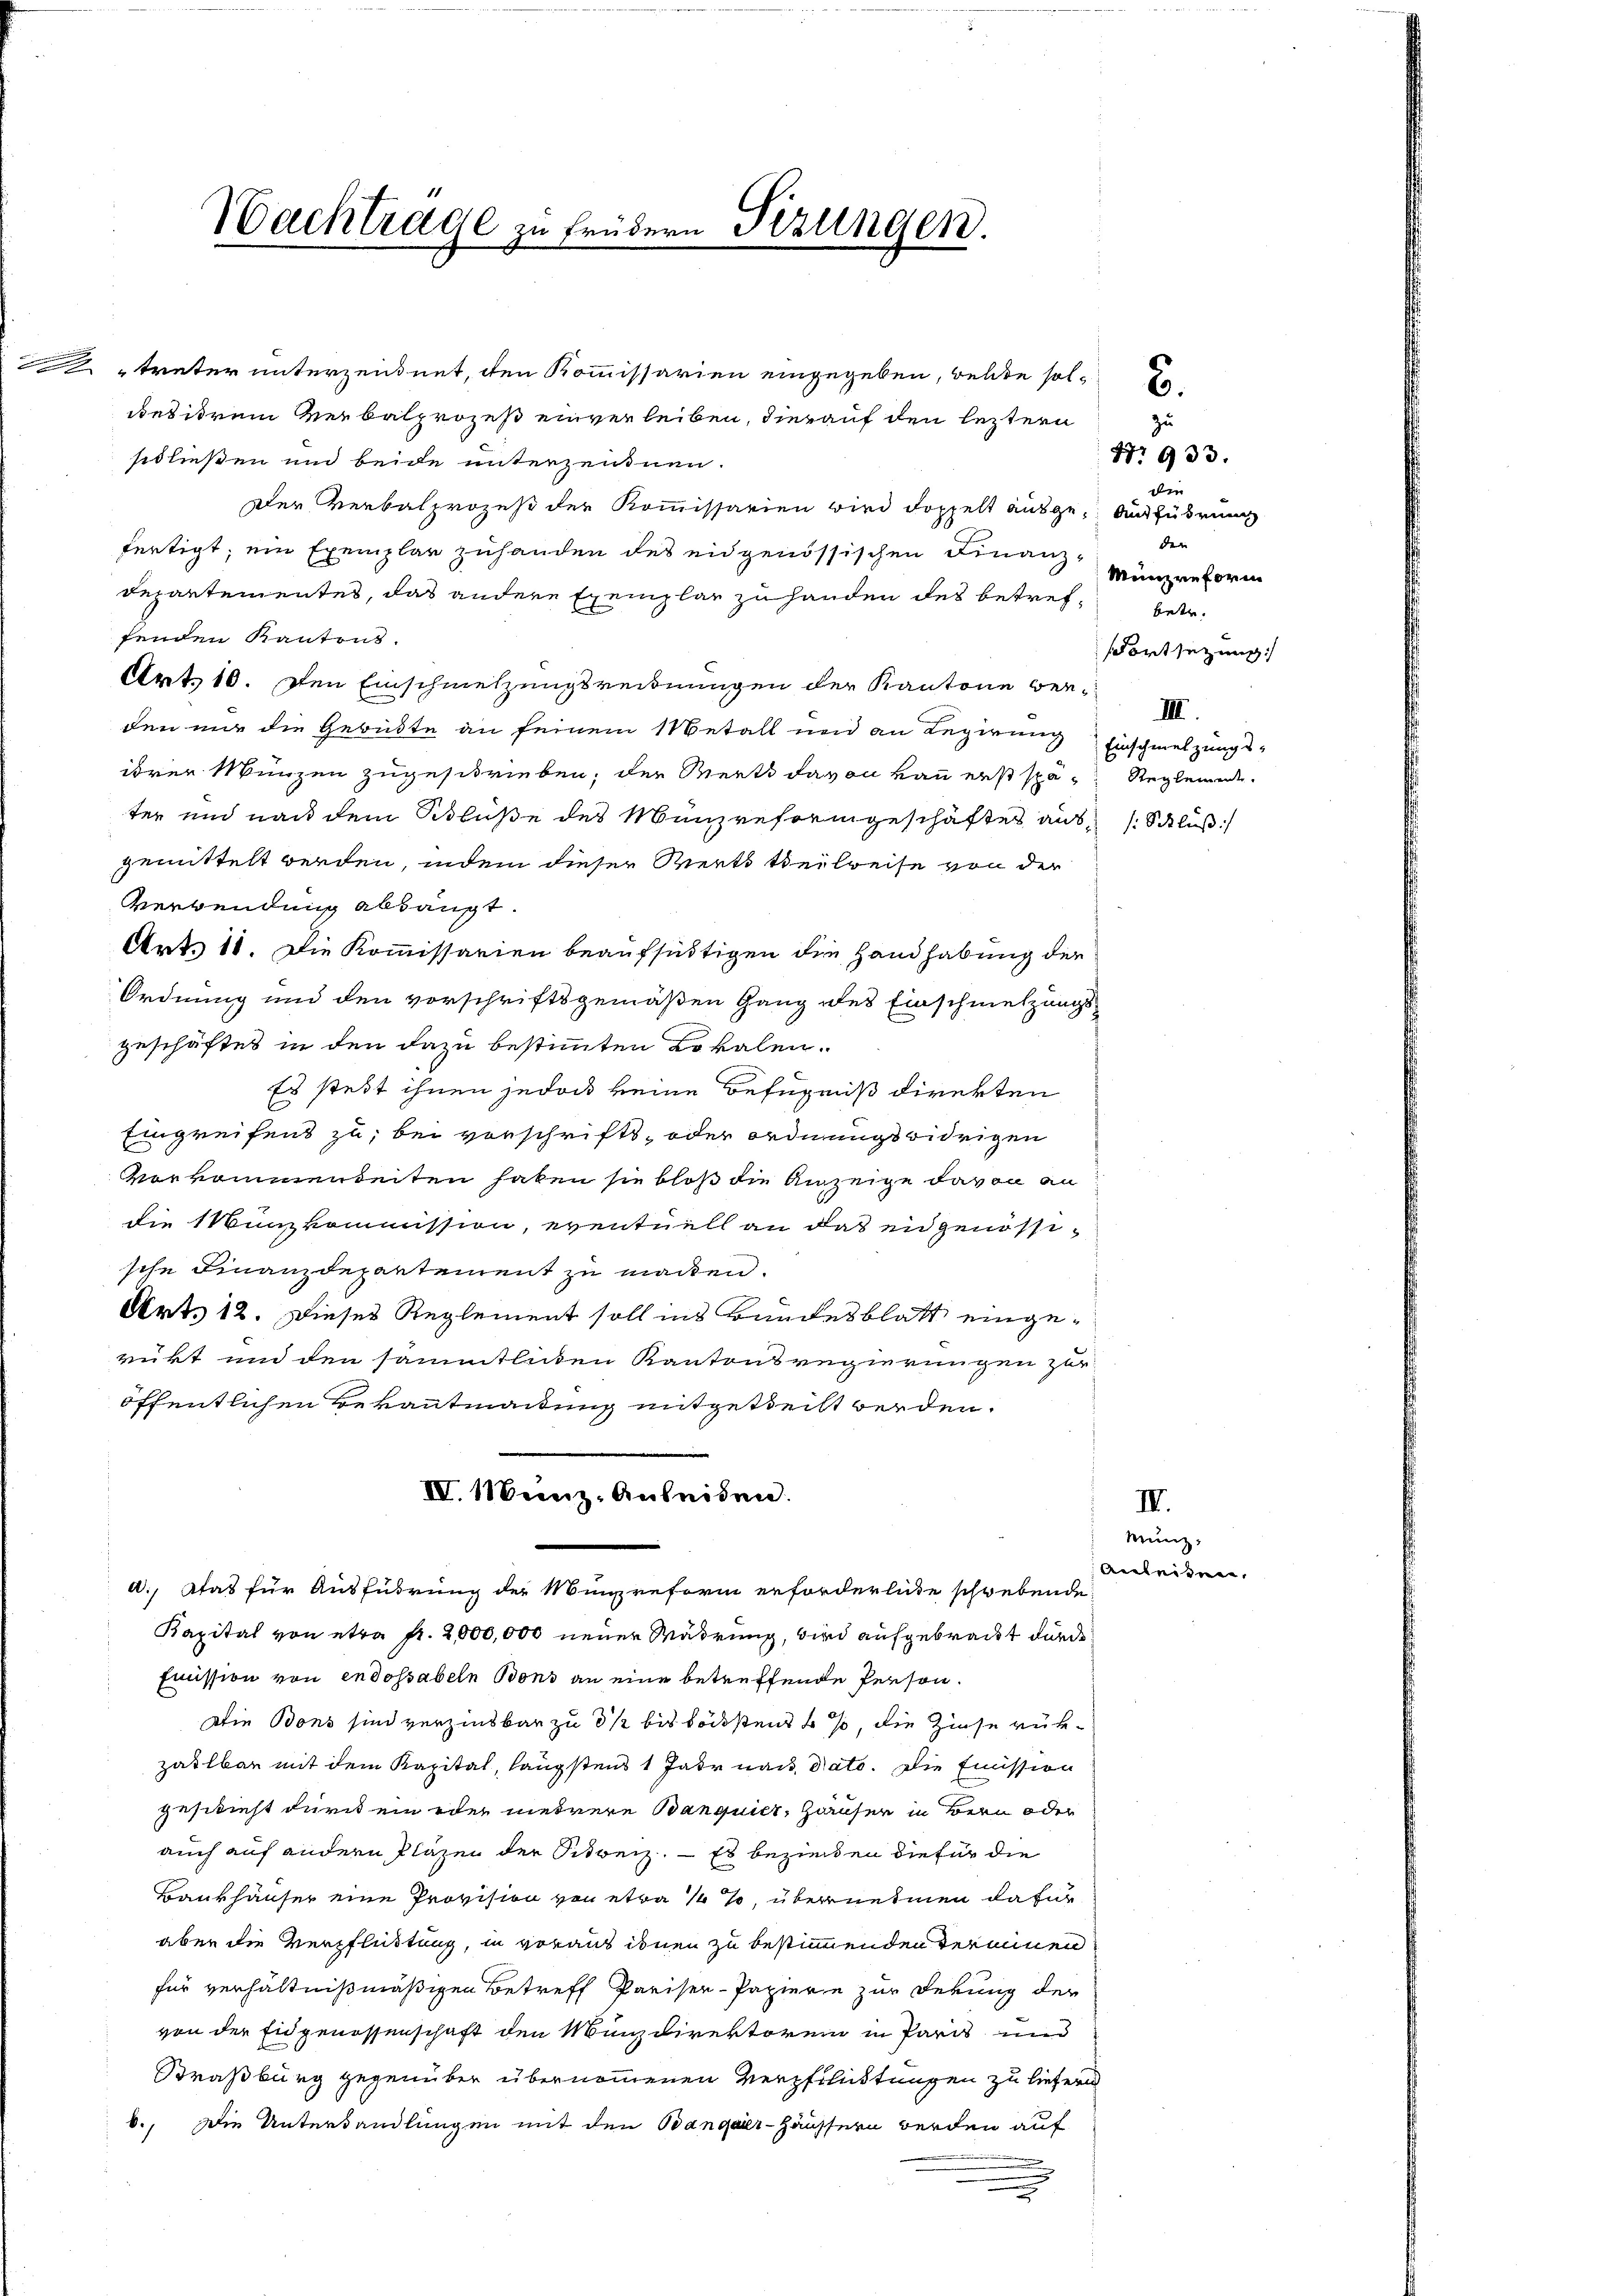
treter unterzeugnet, den Kommissarien eingegeben, welchen soldbesitrem Verbalprozeß einverleiben, dierauf den leztern

Nachträge zu frühern Sitzungen.

sidließen und beide unterzennen.
Der Verbalprozeß der Kommissarien wird doppelt ausge- Ausführung
fertigt; ein Exemplar zuhanden des eidgenössischen Finanz¬
Departementes, das andere Exemplar zu handen des betref¬ betr.
fenden Kantons.
Art. 10. Den Einschmelzungsrednungen der Kantone verden nur die Gebüdte an seinem Metall und an Regierung
ihrer Münzen zugeschrieben, der Wert davon Bau erst spä- Reglement
ter und nach dem Schlüße des Münzreformgeschäftet aus Schluß
gemittelt werden, indem dieser Werts teilweise von der
Verwendung abhängt.
Art. 11. Die Kommissarien beaufseitigen die Handhabung der
Ordnung und den vorschriftsgemäßen Gang des Einschmelzungsgeschäftes in den dazu bestimmten Lokalen.
Es steht ihnen jedoch keine Befugniß direkten
Eingreifens zu, bei vorschrifts- oder ordnungswidrigen
Vorkommenbeiten haben sie bloß die Anzeige davon an
die Kunzkommission, eventuell an das eidgenössische Finanzdepartement zu macken.
Art. 12. Dieses Reglement soll ins Bundesblatt eingerükt und den sämmtlichen Kantonsregierungen zur
öffentlichen Bekanntmachtung mitgetheilt werden.
IV. Minz. Anleiden.
a. Atas für Ausführung der Münzreform erforderliche schwebende
Kapital von etwa fr. 2,000,000 neuer Mädrung, wird aufgebracht durch¬
Emission von endossabeln Bons an eine betreffende Person.
Die Bons sind verzinsbar zu 3 1/2 bis todestens 4 so, die Zinse rükzahlbar mit dem Kapital, längstens 1 Jahr nach dato. Die Emission
geschieht durch ein oder mehrere Banquier, Häuser in Bern oder
auch auf andern Pläzen der Sitweiz. — Es bezirken die für die
Bankhäuser eine Provision von etwa ½ %, übernehmen dafür
aber die Verpflichtung, in voraus ihnen zu bestimmenden Terminen
für verhältnißmäßigen Betreff Pariser-Papiere zur Ferung der
von der Eidgenossenschaft den Münzdirektorein in Paris und
Straßburg gegenüber übernommenen Verpflichtungen zu liefen
6., Die Unterhandlungen mit den Bangaer-Häussern werden auf

zu
Nr. 933.
e
der |
Münzreform
dortsezung
III.
Einschmelzungs-

Münz:
Anleinen,